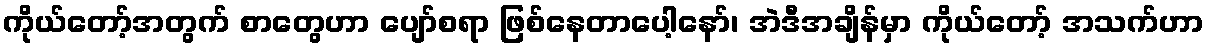
ကိုယ်တော့်အတွက် စာတွေဟာ ပျော်စရာ ဖြစ်နေတာပေါ့နော်၊ အဲဒီအချိန်မှာ ကိုယ်တော့် အသက်ဟာ